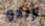
لاندو